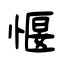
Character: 愝